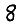
Digit: 8